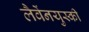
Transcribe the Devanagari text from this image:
लैवेंनयुस्की